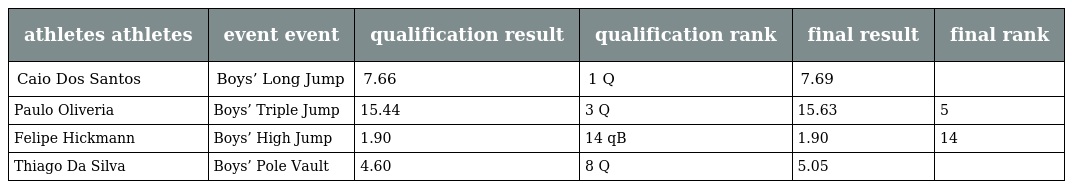
| athletes athletes | event event | qualification result | qualification rank | final result | final rank |
 | --- | --- | --- | --- | --- | --- |
 | Caio Dos Santos | Boys’ Long Jump | 7.66 | 1 Q | 7.69 |  |
 | Paulo Oliveria | Boys’ Triple Jump | 15.44 | 3 Q | 15.63 | 5 |
 | Felipe Hickmann | Boys’ High Jump | 1.90 | 14 qB | 1.90 | 14 |
 | Thiago Da Silva | Boys’ Pole Vault | 4.60 | 8 Q | 5.05 |  |